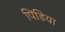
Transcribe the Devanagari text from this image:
पिंडिया